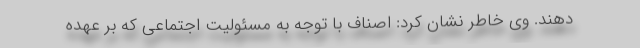
دهند. وی خاطر نشان کرد: اصناف با توجه به مسئولیت اجتماعی که بر عهده